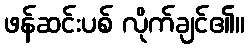
ဖန်ဆင်းပစ် လိုက်ချင်၏။